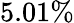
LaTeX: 5.01\%